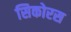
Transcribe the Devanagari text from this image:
सिकोरस